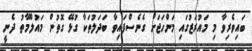
ބައިވެރިވާ މި މައުރަޒުގައި މަންހަޖަށް ގެނެސްފައިވާ ބަދަލުތަކާ ގުޅޭ ގޮތުން މައުލޫމާތު ދެނީ